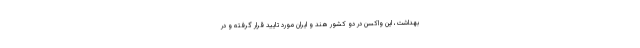
بهداشت، این واکسن در دو کشور هند و ایران مورد تایید قرار گرفته و در